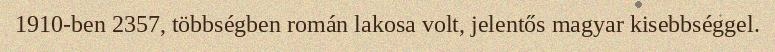
1910-ben 2357, többségben román lakosa volt, jelentős magyar kisebbséggel.